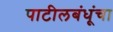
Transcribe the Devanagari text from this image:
पाटीलबंधूंचा